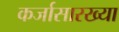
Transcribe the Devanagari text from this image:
कर्जासारख्या